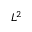
L ^ { 2 }